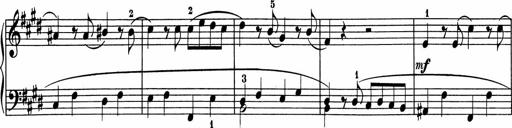
Title: 5 Sonatinen fÃ¼r die Jugend
Composer: Carl Reinecke